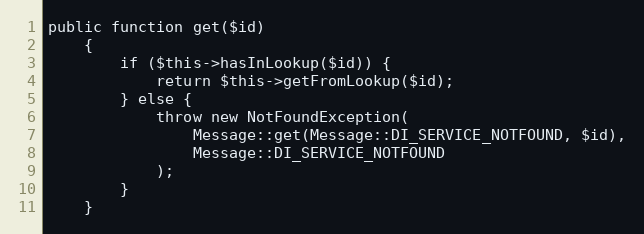
Language: PHP
public function get($id)
    {
        if ($this->hasInLookup($id)) {
            return $this->getFromLookup($id);
        } else {
            throw new NotFoundException(
                Message::get(Message::DI_SERVICE_NOTFOUND, $id),
                Message::DI_SERVICE_NOTFOUND
            );
        }
    }